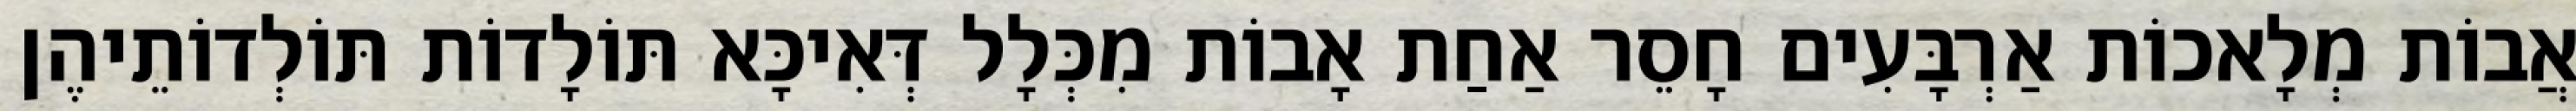
אֲבוֹת מְלָאכוֹת אַרְבָּעִים חָסֵר אַחַת אָבוֹת מִכְּלָל דְּאִיכָּא תּוֹלָדוֹת תּוֹלְדוֹתֵיהֶן